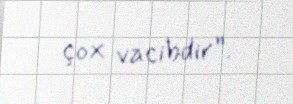
çox vacibdir”.